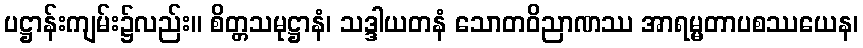
ပဋ္ဌာန်းကျမ်း၌လည်း။ စိတ္တသမုဋ္ဌာနံ၊ သဒ္ဒါယတနံ သောတဝိညာဏဿ အာရမ္မတာပစဿယေန၊